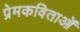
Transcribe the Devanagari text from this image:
प्रेमकविताओं